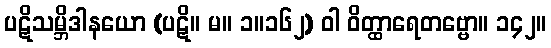
ပဋိသမ္ဘိဒါနယော (ပဋိ။ မ။ ၁။၁၆၂) ဝါ ဝိတ္ထာရေတဗ္ဗော။ ၁၄၂။